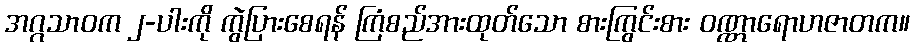
အဂ္ဂသာဝက ၂-ပါးကို ကွဲပြားစေရန် ကြံစည်အားထုတ်သော စားကြွင်းစား ဝဏ္ဏာရောဟဇာတက။